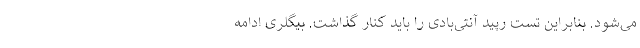
می‌شود. بنابراین تست رپید آنتی‌بادی را باید کنار گذاشت. بیگلری ادامه